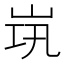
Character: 𱛞